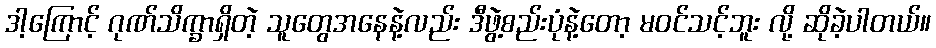
ဒါ့ကြောင့် ဂုဏ်သိက္ခာရှိတဲ့ သူတွေအနေနဲ့လည်း ဒီဖွဲ့စည်းပုံနဲ့တော့ မဝင်သင့်ဘူး လို့ ဆိုခဲ့ပါတယ်။